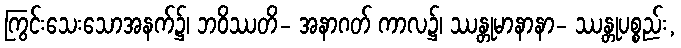
ကြွင်းသေးသောအနက်၌၊ ဘဝိဿတိ- အနာဂတ် ကာလ၌၊ ဿန္တုမာနာနာ- ဿန္တုပစ္စည်း,